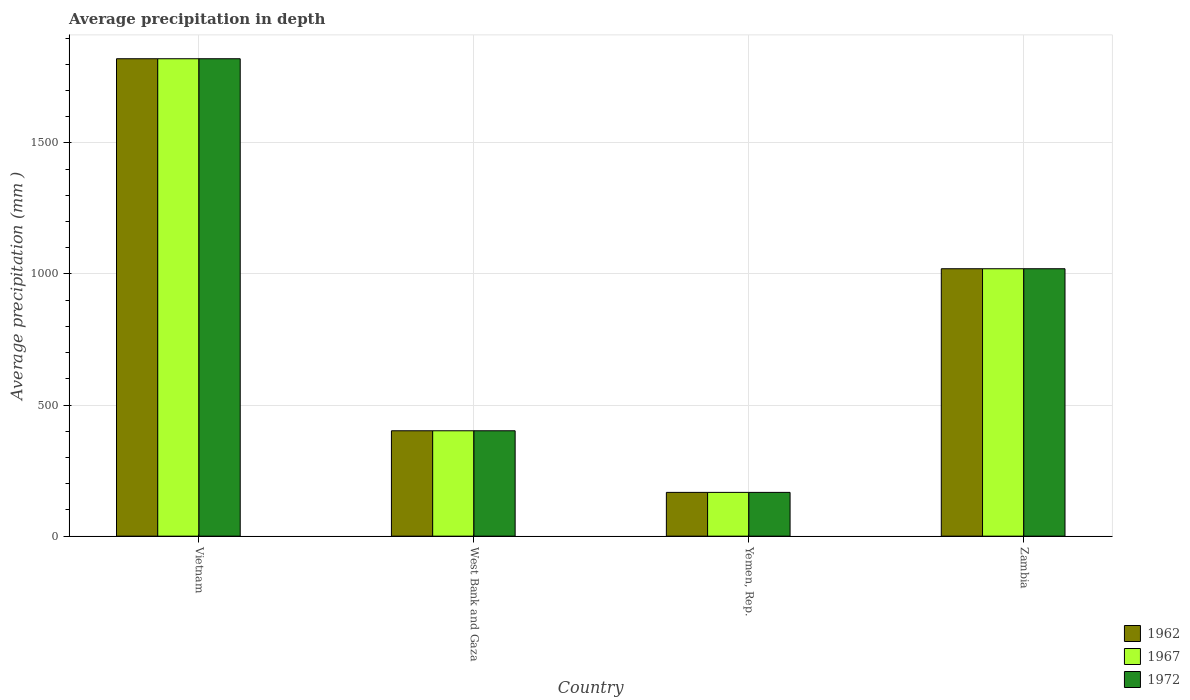
| Country | 1962 | 1967 | 1972 |
 | --- | --- | --- | --- |
 | Vietnam | 1.82e+03 | 1.82e+03 | 1.82e+03 |
 | West Bank and Gaza | 402 | 402 | 402 |
 | Yemen, Rep. | 167 | 167 | 167 |
 | Zambia | 1.02e+03 | 1.02e+03 | 1.02e+03 |